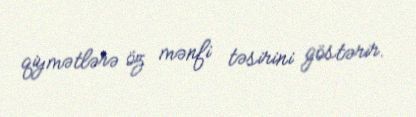
qiymətlərə öz mənfi təsirini göstərir.